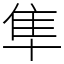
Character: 隼